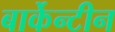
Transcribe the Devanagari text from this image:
बार्केन्टीन